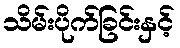
သိမ်းပိုက်ခြင်းနှင့်